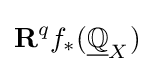
\mathbf {R} ^{q}f_{*}({\underline {\mathbb {Q} }}_{X})